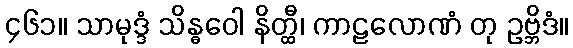
၄၆၁။ သာမုဒ္ဒံ သိန္ဓဝေါ နိတ္ထီ၊ ကာဠလောဏံ တု ဥဗ္ဘိဒံ။